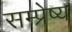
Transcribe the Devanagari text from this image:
सम्प्रेष्य